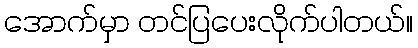
အောက်မှာ တင်ပြပေးလိုက်ပါတယ်။